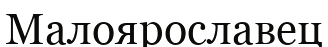
Малоярославец